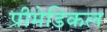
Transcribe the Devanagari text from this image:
प्रीमेडिकल